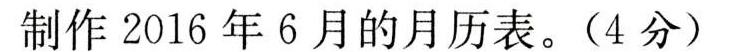
制作2016年6月的月历表。(4分)